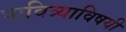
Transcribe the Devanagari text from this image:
पावित्र्याविषयी